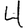
Digit: 4